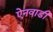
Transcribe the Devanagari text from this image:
ऐनवाडी